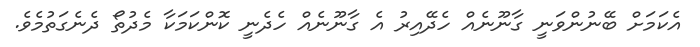
އެކަމަށް ބޭނުންވަނީ ގާނޫނެއް ހެދޭއިރު އެ ގާނޫނެއް ހެދެނީ ކޮންކަމަކާ މެދުތޯ ދެނެގަތުމެވެ.